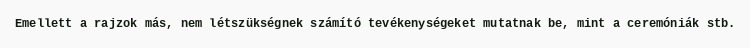
Emellett a rajzok más, nem létszükségnek számító tevékenységeket mutatnak be, mint a ceremóniák stb.